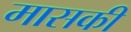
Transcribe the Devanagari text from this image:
मासकी